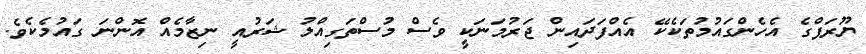
ޔޫރަޕްގެ އެހެންގައުމުތަކެކޭ އެއްފަދައިން ޖަރުމަނަކީ ވެސް މުސްތަގިއްލު ޝަރުއީ ނިޒާމެއް އޮންނަ ގައުމެކެވެ.